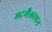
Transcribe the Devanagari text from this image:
मटमैलापन